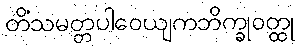
တိံသမတ္တပါဝေယျကဘိက္ခုဝတ္ထု